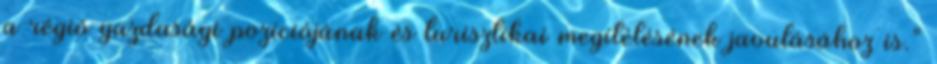
a régió gazdasági pozíciójának és turisztikai megítélésének javulásához is.”